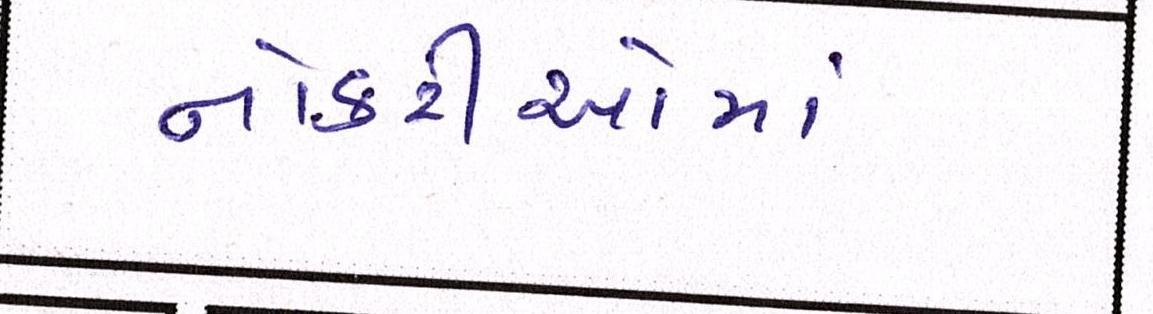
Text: નોકરીઓમાં